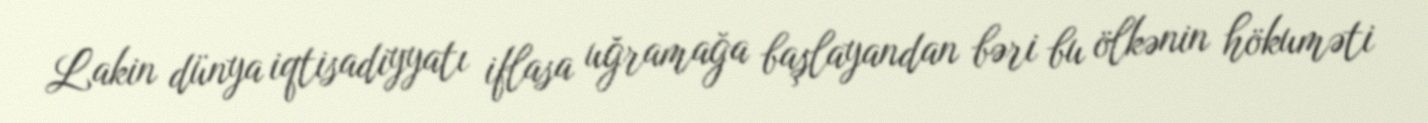
Lakin dünya iqtisadiyyatı iflasa uğramağa başlayandan bəri bu ölkənin hökuməti